Document type: Sale
Year: 1423
Scribe: Joan Franc
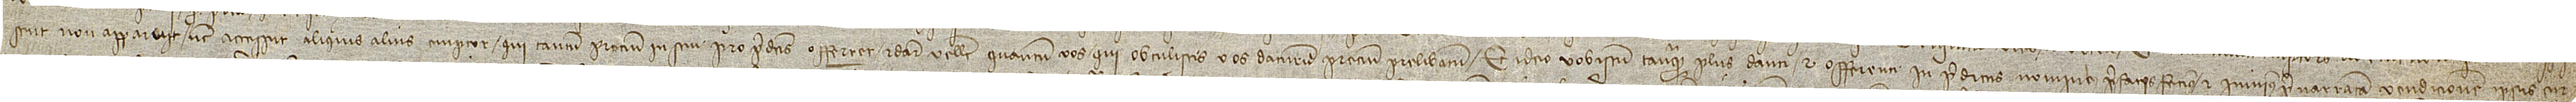
sent, non apparuit nec accessit aliquis alius emptor qui tantum precium in seu pro predictis offerret et dare vellet quantum vos qui obtulistis vos daturum precium prelibatum. Et ideo vobiscum tanquam plus danti et offerenti in predictis nominibus prefatis fecimus et inivimus post narratam vendicionem ipsis cur-